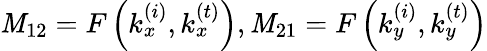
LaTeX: \mathit{M}_{12}=F\left(k_{x}^{\left(i\right)},k_{x}^{\left(t\right)}\right),\mathit{M}_{21}=F\left(k_{y}^{\left(i\right)},k_{y}^{\left(t\right)}\right)